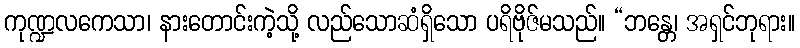
ကုဏ္ဍလကေသာ၊ နားတောင်းကဲ့သို့ လည်သောဆံရှိသော ပရိဗိုဇ်မသည်။ “ဘန္တေ၊ အရှင်ဘုရား။